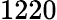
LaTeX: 1220